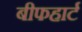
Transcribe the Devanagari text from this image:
बीफहार्ट